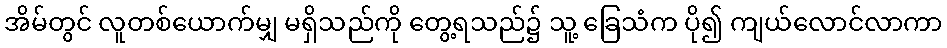
အိမ်တွင် လူတစ်ယောက်မျှ မရှိသည်ကို တွေ့ရသည်၌ သူ့ ခြေသံက ပို၍ ကျယ်လောင်လာကာ